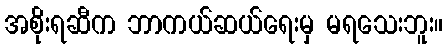
အစိုးရဆီက ဘာကယ်ဆယ်ရေးမှ မရသေးဘူး။